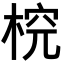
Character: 𣔛